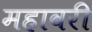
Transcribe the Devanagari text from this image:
महावरी